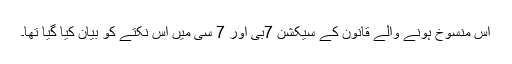
اس منسوخ ہونے والے قانون کے سیکشن 7بی اور 7 سی میں اس نکتے کو بیان کیا گیا تھا۔